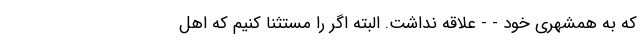
که به همشهری خود - - علاقه نداشت. البته اگر را مستثنا کنیم که اهل